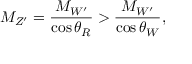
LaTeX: M _ { Z ^ { \prime } } = \frac { M _ { W ^ { \prime } } } { \cos \theta _ { R } } > \frac { M _ { W ^ { \prime } } } { \cos \theta _ { W } } ,